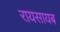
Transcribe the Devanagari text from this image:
रायसायब